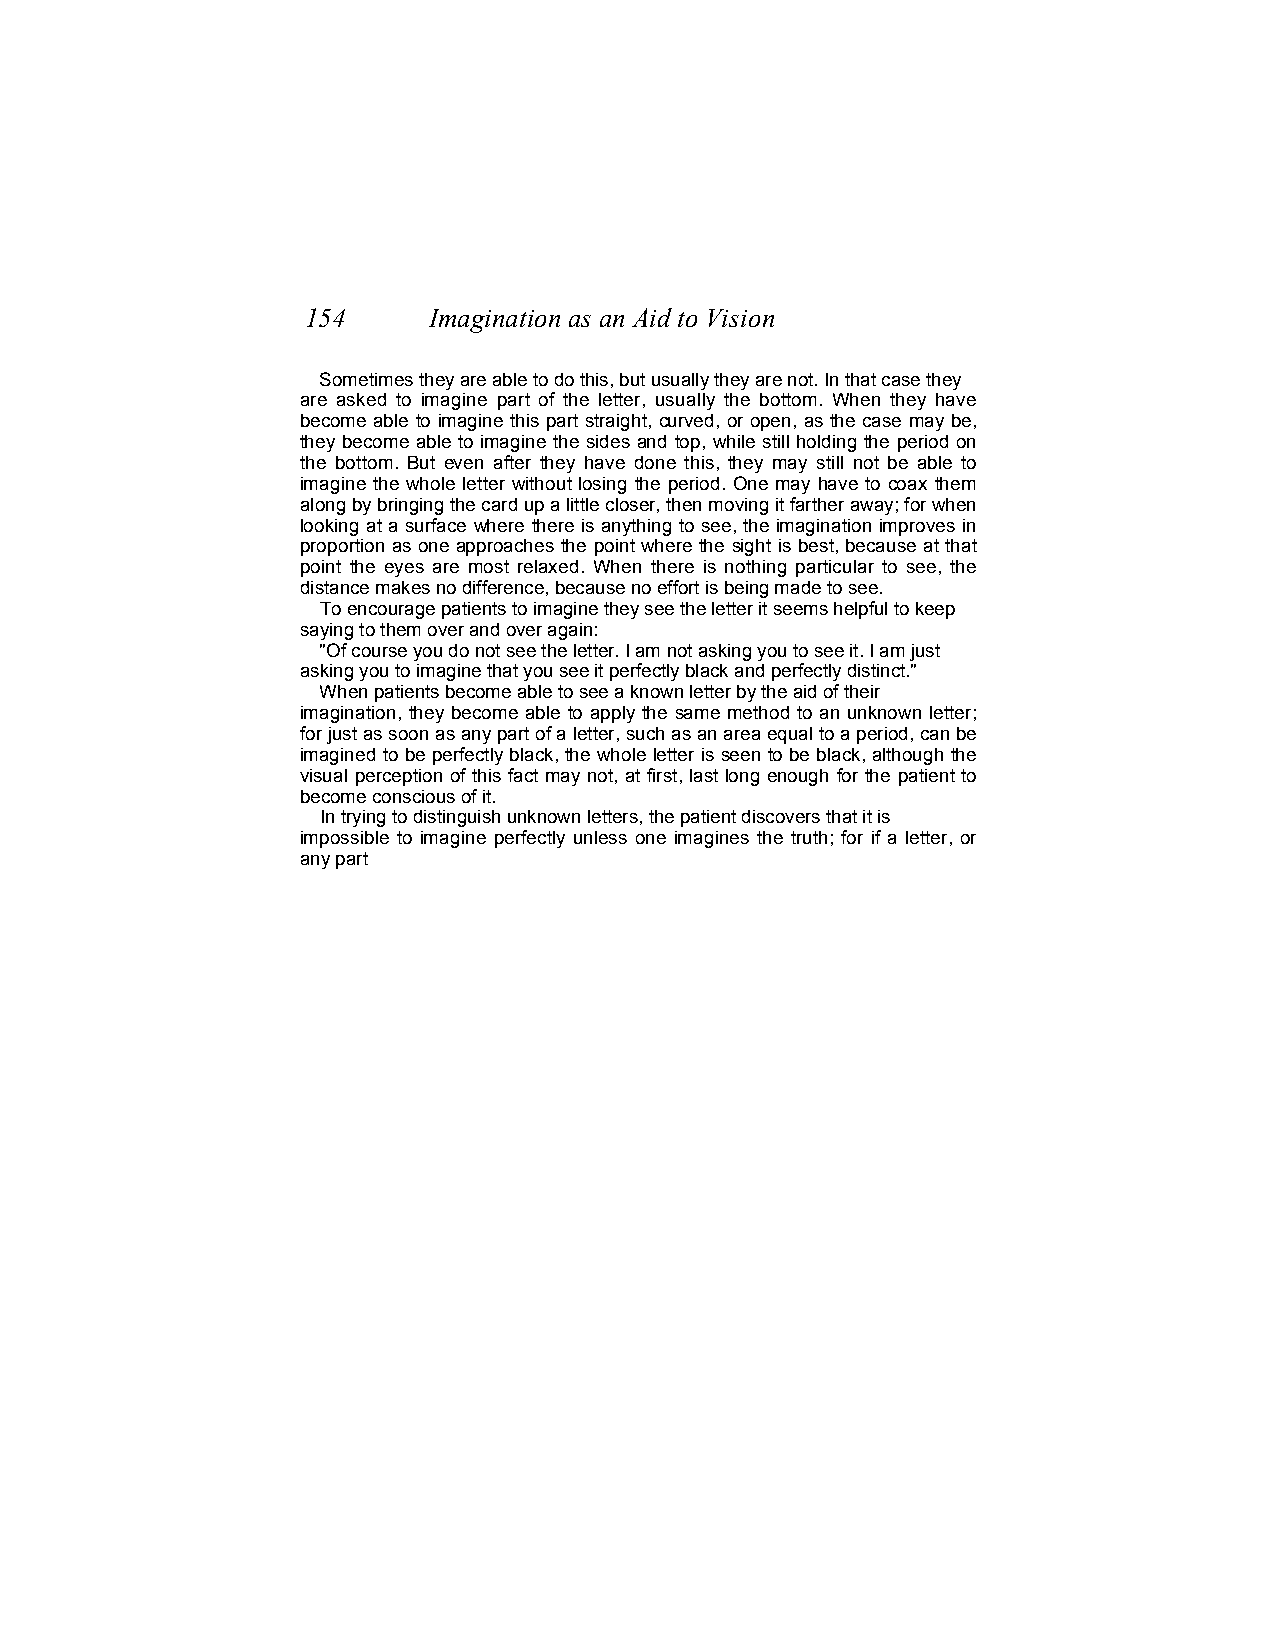
154     Imagination as an Aid to Vision
 Sometimes they are able to do this, but usually they are not. In that case they
 are asked to imagine part of the letter, usually the bottom. When they have
 become able to imagine this part straight, curved, or open, as the case may be,
 they become able to imagine the sides and top, while still holding the period on
 the bottom. But even after they have done this, they may still not be able to
 imagine the whole letter without losing the period. One may have to coax them
 along by bringing the card up a little closer, then moving it farther away; for when
 looking at a surface where there is anything to see, the imagination improves in
 proportion as one approaches the point where the sight is best, because at that
 point the eyes are most relaxed. When there is nothing particular to see, the
 distance makes no difference, because no effort is being made to see.
 To encourage patients to imagine they see the letter it seems helpful to keep
 saying to them over and over again:
 "Of course you do not see the letter. I am not asking you to see it. I am just
 asking you to imagine that you see it perfectly black and perfectly distinct."
 When patients become able to see a known letter by the aid of their
 imagination, they become able to apply the same method to an unknown letter;
 for just as soon as any part of a letter, such as an area equal to a period, can be
 imagined to be perfectly black, the whole letter is seen to be black, although the
 visual perception of this fact may not, at first, last long enough for the patient to
 become conscious of it.
 In trying to distinguish unknown letters, the patient discovers that it is
 impossible to imagine perfectly unless one imagines the truth; for if a letter, or
 any part